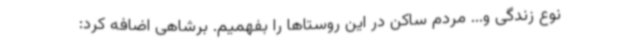
نوع زندگی و... مردم ساکن در این روستاها را بفهمیم. برشاهی اضافه کرد: